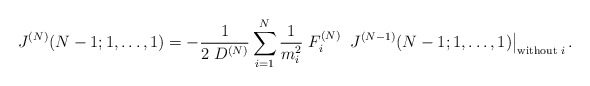
\begin{align*}J^{(N)}(N-1; 1, \ldots, 1)= -\frac{1}{2\; D^{(N)}}\sum\limits_{i=1}^N \frac{1}{m_i^2} \; F_i^{(N)} \;\left.J^{(N-1)}(N-1;1,\ldots, 1)\right|_{\mbox{\scriptsize without}\; i} .\end{align*}